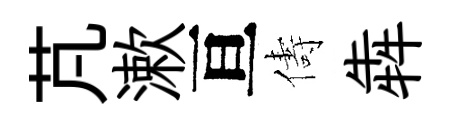
芃漱亘儔犇